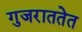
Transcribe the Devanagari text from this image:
गुजराततेत